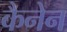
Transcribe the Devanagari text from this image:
कैनेन